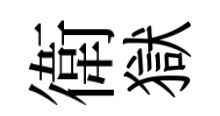
衛獄